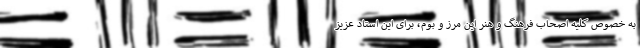
به خصوص کلیه اصحاب فرهنگ و هنر این مرز و بوم، برای این استاد عزیز